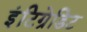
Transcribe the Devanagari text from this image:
इंटिग्रेडिट